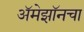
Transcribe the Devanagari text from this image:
अॅमेझॉनचा